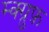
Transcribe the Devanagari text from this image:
म्क्ग्रुफ़